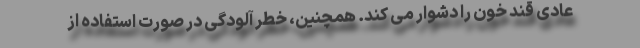
عادی قند خون را دشوار می کند. همچنین، خطر آلودگی در صورت استفاده از